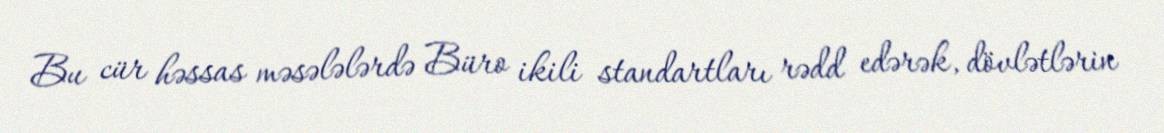
Bu cür həssas məsələlərdə Büro ikili standartları rədd edərək, dövlətlərin